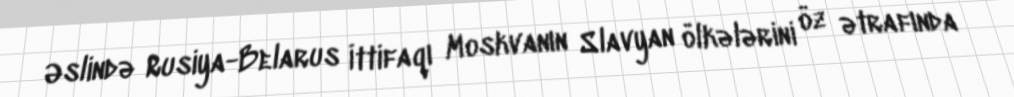
Əslində Rusiya-Belarus İttifaqı Moskvanın Slavyan ölkələrini öz ətrafında